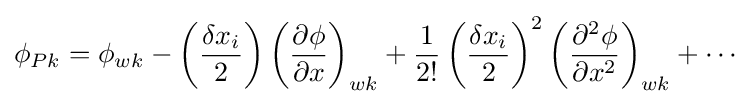
\phi _{Pk}=\phi _{wk}-\left({\frac {\delta x_{i}}{2}}\right)\left({\frac {\partial \phi }{\partial x}}\right)_{wk}+{\frac {1}{2!}}\left({\frac {\delta x_{i}}{2}}\right)^{2}\left({\frac {\partial ^{2}\phi }{\partial x^{2}}}\right)_{wk}+\cdots